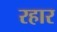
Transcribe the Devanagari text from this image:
रहार